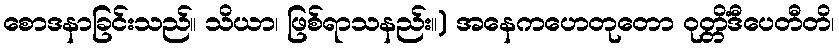
စောဒနာခြင်းသည်။ သိယာ၊ ဖြစ်ရာသနည်း။) အနေကဟေတုတော ဝုတ္တိံဒီပေတီတိ၊